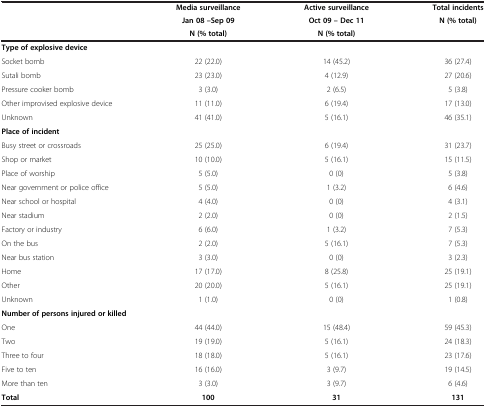
<table><thead><tr><td><b> </b></td><td><b>Media surveillance</b></td><td><b>Active surveillance</b></td><td><b>Total incidents</b></td></tr><tr><td><b> </b></td><td><b>Jan 08 –Sep 09</b></td><td><b>Oct 09 – Dec 11</b></td><td><b>N (% total)</b></td></tr><tr><td><b> </b></td><td><b>N (% total)</b></td><td><b>N (% total)</b></td><td><b> </b></td></tr></thead><tbody><tr><td><b>Type of explosive device</b></td><td> </td><td> </td><td> </td></tr><tr><td>Socket bomb</td><td>22 (22.0)</td><td>14 (45.2)</td><td>36 (27.4)</td></tr><tr><td>Sutali bomb</td><td>23 (23.0)</td><td>4 (12.9)</td><td>27 (20.6)</td></tr><tr><td>Pressure cooker bomb</td><td>3 (3.0)</td><td>2 (6.5)</td><td>5 (3.8)</td></tr><tr><td>Other improvised explosive device</td><td>11 (11.0)</td><td>6 (19.4)</td><td>17 (13.0)</td></tr><tr><td>Unknown</td><td>41 (41.0)</td><td>5 (16.1)</td><td>46 (35.1)</td></tr><tr><td><b>Place of incident</b></td><td> </td><td> </td><td> </td></tr><tr><td>Busy street or crossroads</td><td>25 (25.0)</td><td>6 (19.4)</td><td>31 (23.7)</td></tr><tr><td>Shop or market</td><td>10 (10.0)</td><td>5 (16.1)</td><td>15 (11.5)</td></tr><tr><td>Place of worship</td><td>5 (5.0)</td><td>0 (0)</td><td>5 (3.8)</td></tr><tr><td>Near government or police office</td><td>5 (5.0)</td><td>1 (3.2)</td><td>6 (4.6)</td></tr><tr><td>Near school or hospital</td><td>4 (4.0)</td><td>0 (0)</td><td>4 (3.1)</td></tr><tr><td>Near stadium</td><td>2 (2.0)</td><td>0 (0)</td><td>2 (1.5)</td></tr><tr><td>Factory or industry</td><td>6 (6.0)</td><td>1 (3.2)</td><td>7 (5.3)</td></tr><tr><td>On the bus</td><td>2 (2.0)</td><td>5 (16.1)</td><td>7 (5.3)</td></tr><tr><td>Near bus station</td><td>3 (3.0)</td><td>0 (0)</td><td>3 (2.3)</td></tr><tr><td>Home</td><td>17 (17.0)</td><td>8 (25.8)</td><td>25 (19.1)</td></tr><tr><td>Other</td><td>20 (20.0)</td><td>5 (16.1)</td><td>25 (19.1)</td></tr><tr><td>Unknown</td><td>1 (1.0)</td><td>0 (0)</td><td>1 (0.8)</td></tr><tr><td><b>Number of persons injured or killed</b></td><td> </td><td> </td><td> </td></tr><tr><td>One</td><td>44 (44.0)</td><td>15 (48.4)</td><td>59 (45.3)</td></tr><tr><td>Two</td><td>19 (19.0)</td><td>5 (16.1)</td><td>24 (18.3)</td></tr><tr><td>Three to four</td><td>18 (18.0)</td><td>5 (16.1)</td><td>23 (17.6)</td></tr><tr><td>Five to ten</td><td>16 (16.0)</td><td>3 (9.7)</td><td>19 (14.5)</td></tr><tr><td>More than ten</td><td>3 (3.0)</td><td>3 (9.7)</td><td>6 (4.6)</td></tr><tr><td><b>Total</b></td><td><b>100</b></td><td><b>31</b></td><td><b>131</b></td></tr></tbody></table>